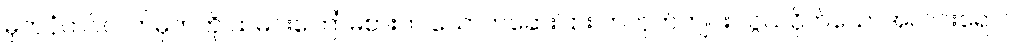
မှတ်ပုံတင်လက်မှတ်ကို ထမင်းကြော်မစားဘဲ သောက်ဆေးပြား ကတုတ်ကျင်း သွယ်ဝိုက်သောအလင်းရောင်